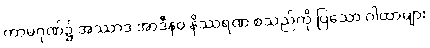
ကာမဂုဏ်၌ အဿာဒ အာဒီနဝ နိဿရဏ စသည်ကို ပြသော ဂါထာများ